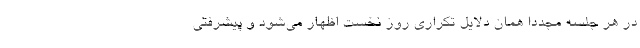
در هر جلسه مجددا همان دلایل تکراری روز نخست اظهار می‌شود و پیشرفتی